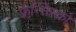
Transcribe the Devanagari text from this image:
फ़्रैन्सिस्को